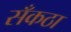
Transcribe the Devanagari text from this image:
सँकठा